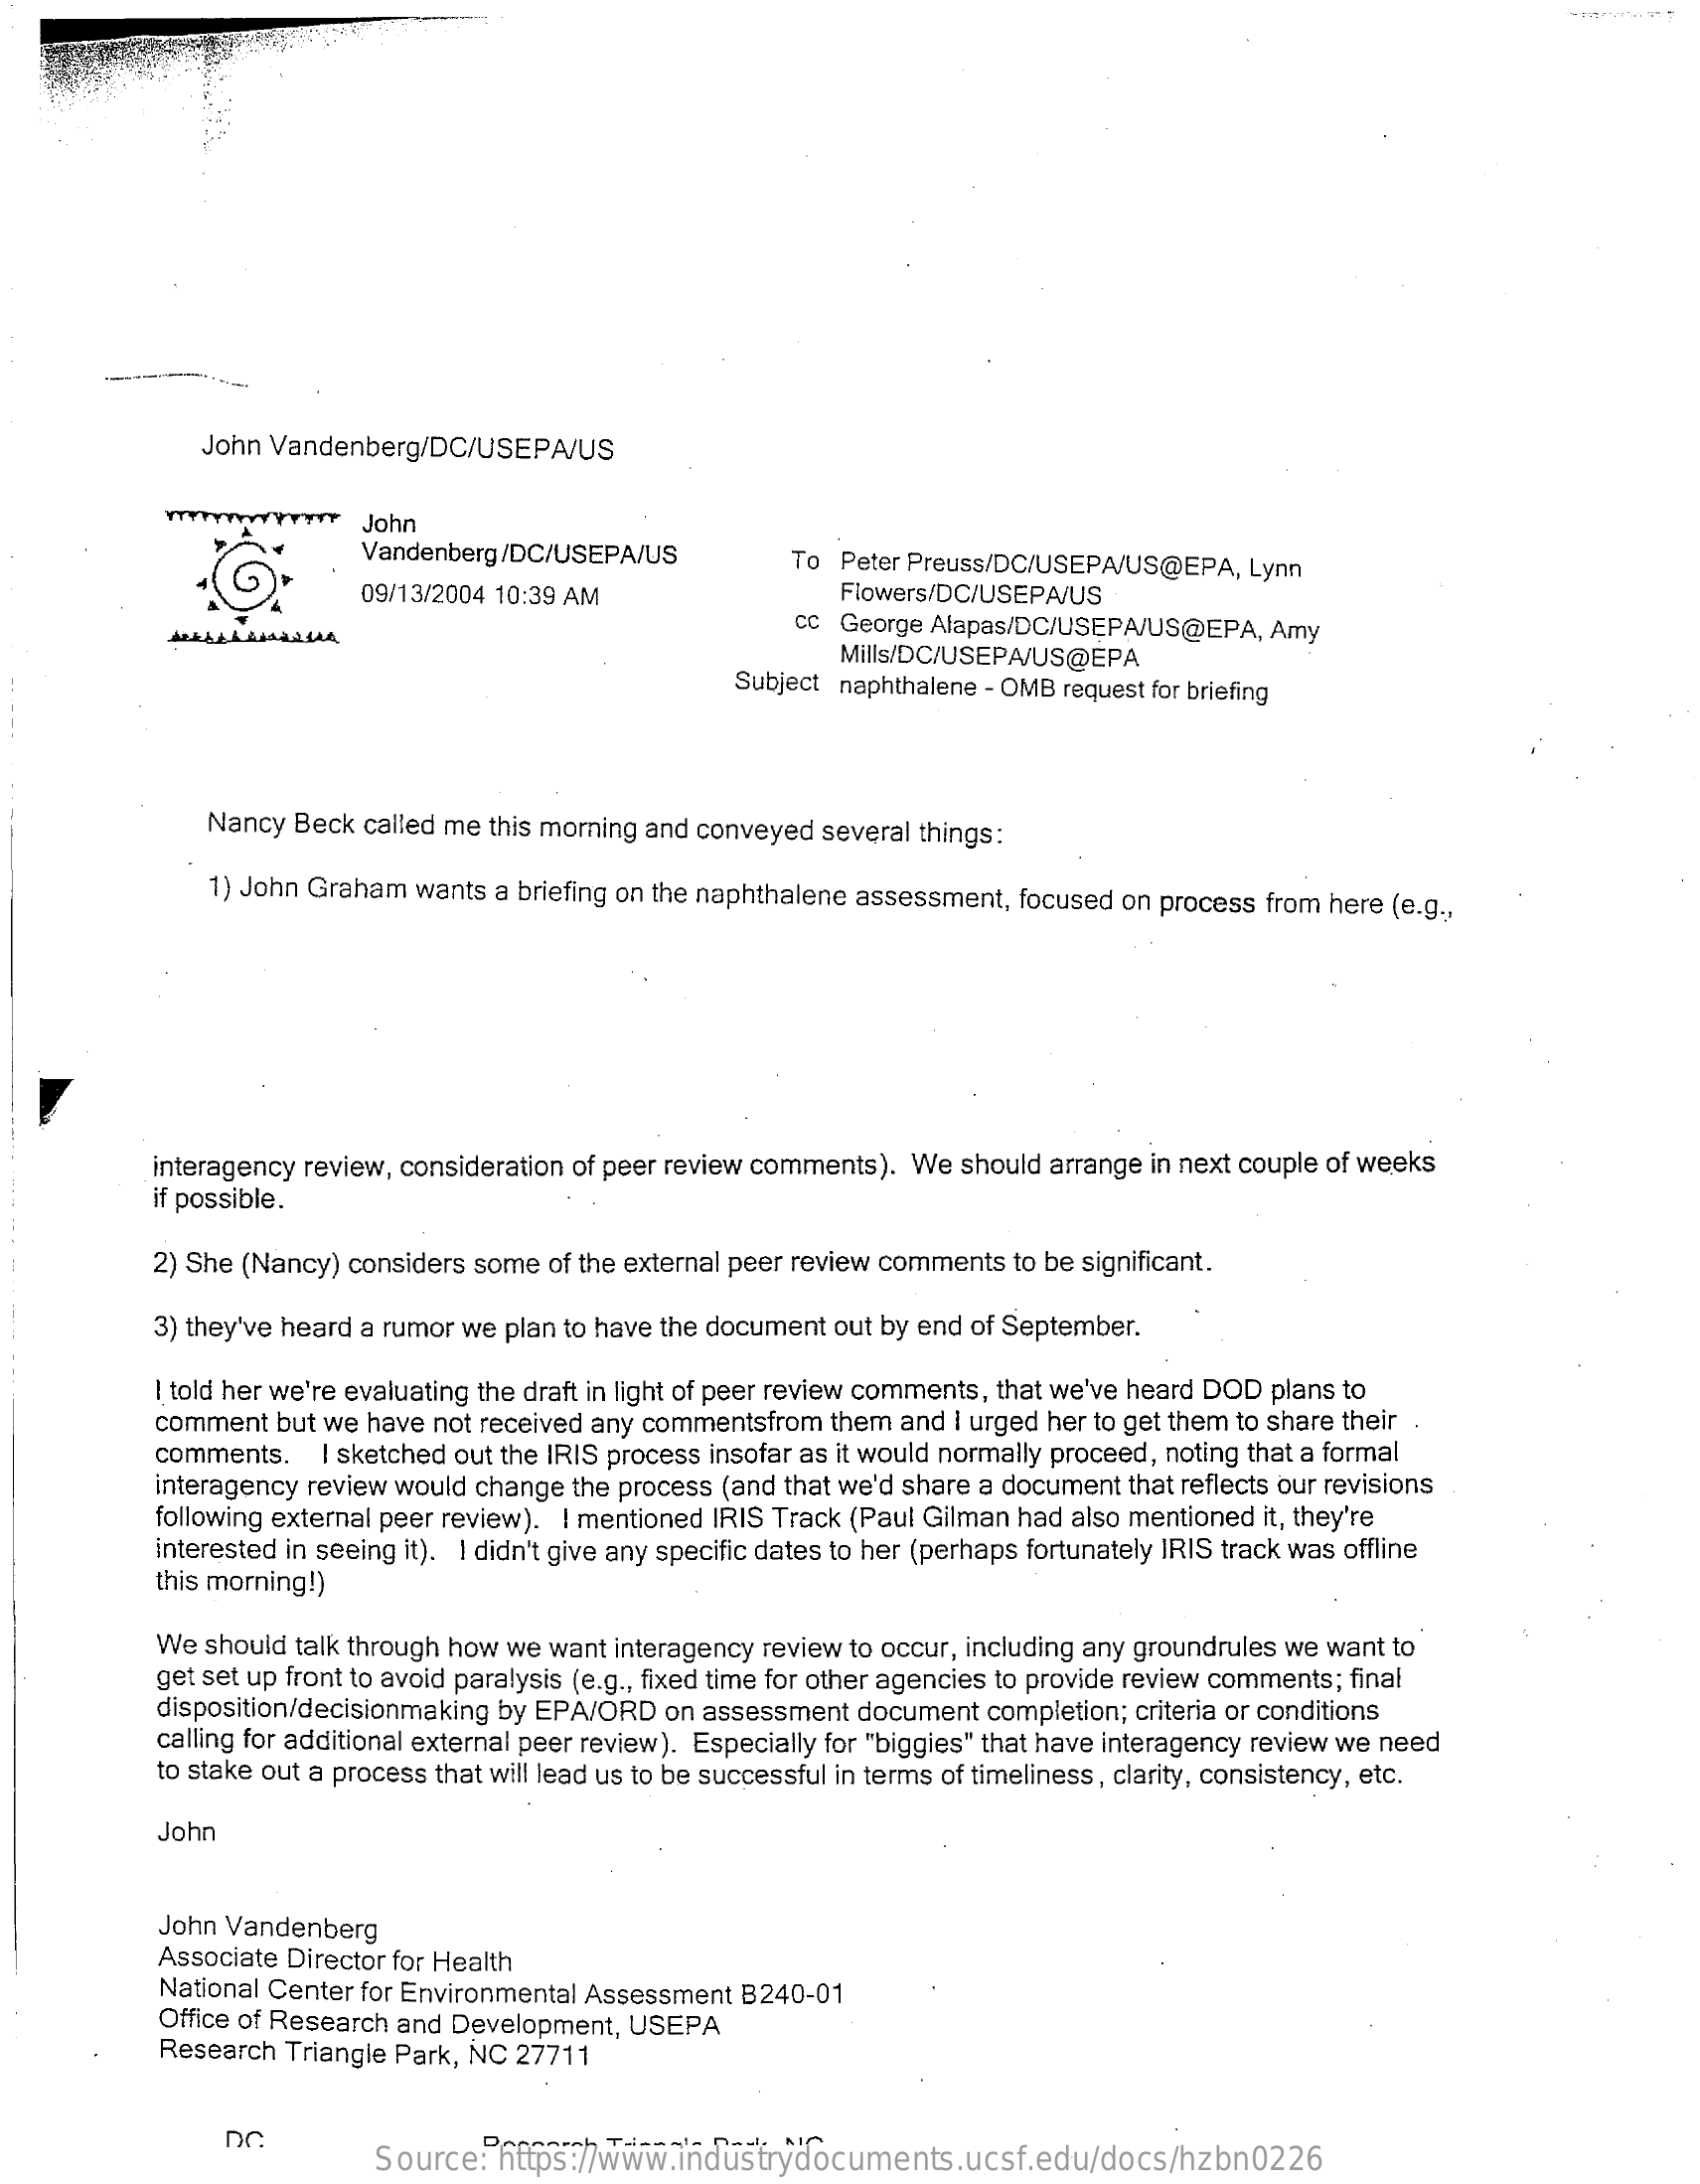
John Vandenberg/DC/USEPA/US
     YTVY    John
     Vandenberg/DC/USEPA/US    To Peter Preuss/DC/USEPA/US@EPA, Lynn
     09/13/2004 10:39 AM    Flowers/DC/USEPA/US
     ANKARA ANGARIAA
     Cc George Alapas/DC/USEPA/US@EPA, Amy
     Mills/DC/USEPA/US@EPA
     Subject naphthalene - OMB request for briefing
     Nancy Beck called me this morning and conveyed several things:
     1) John Graham wants a briefing on the naphthalene assessment, focused on process from here (e.g .,
     interagency review, consideration of peer review comments). We should arrange in next couple of weeks
     if possible.
     2) She (Nancy) considers some of the external peer review comments to be significant.
     3) they've heard a rumor we plan to have the document out by end of September.
     I told her we're evaluating the draft in light of peer review comments, that we've heard DOD plans to
     comment but we have not received any commentsfrom them and I urged her to get them to share their .
     comments.  I sketched out the IRIS process insofar as it would normally proceed, noting that a formal
     interagency review would change the process (and that we'd share a document that reflects our revisions
     following external peer review). I mentioned IRIS Track (Paul Gilman had also mentioned it, they're
     interested in seeing it). I didn't give any specific dates to her (perhaps fortunately IRIS track was offline
     this morning!)
     We should talk through how we want interagency review to occur, including any groundrules we want to
     get set up front to avoid paralysis (e.g ., fixed time for other agencies to provide review comments; final
     disposition/decisionmaking by EPA/ORD on assessment document completion; criteria or conditions
     calling for additional external peer review). Especially for "biggies" that have interagency review we need
     to stake out a process that will lead us to be successful in terms of timeliness, clarity, consistency, etc.
     John
     John Vandenberg
     Associate Director for Health
     National Center for Environmental Assessment B240-01
     Office of Research and Development, USEPA
     Research Triangle Park, NC 27711
     Source:  https://www.industrydocuments.ucsf.edu/docs/hzbn0226
     DARAAPA